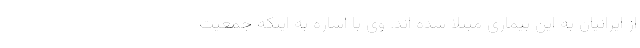
از ایرانیان به این بیماری مبتلا شده اند. وی با اشاره به اینکه جمعیت